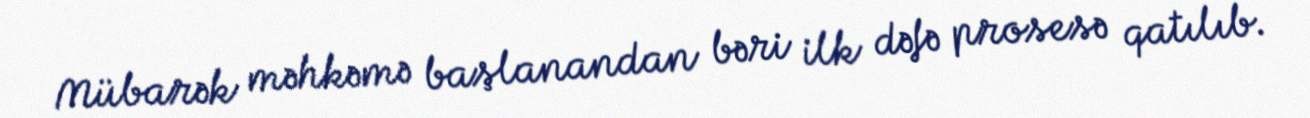
Mübarək məhkəmə başlanandan bəri ilk dəfə prosesə qatılıb.